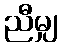
ညီမျှ